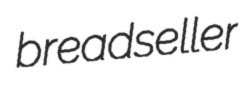
breadseller